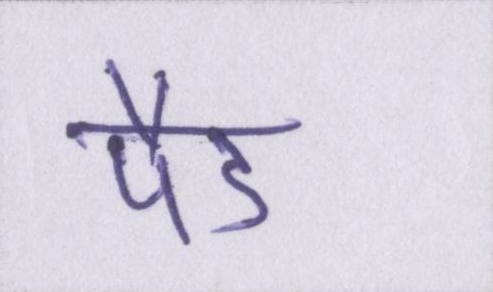
पैड